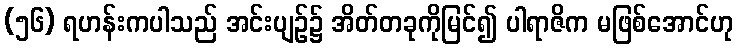
(၅၆) ရဟန်းကပါသည် အင်းပျဉ်၌ အိတ်တခုကိုမြင်၍ ပါရာဇိက မဖြစ်အောင်ဟု